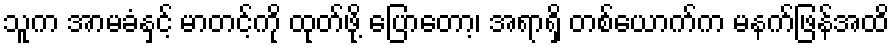
သူက အာမခံနှင့် မာတင့်ကို ထုတ်ဖို့ ပြောတော့၊ အရာရှိ တစ်ယောက်က မနက်ဖြန်အထိ